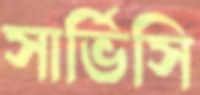
সার্ভিসি